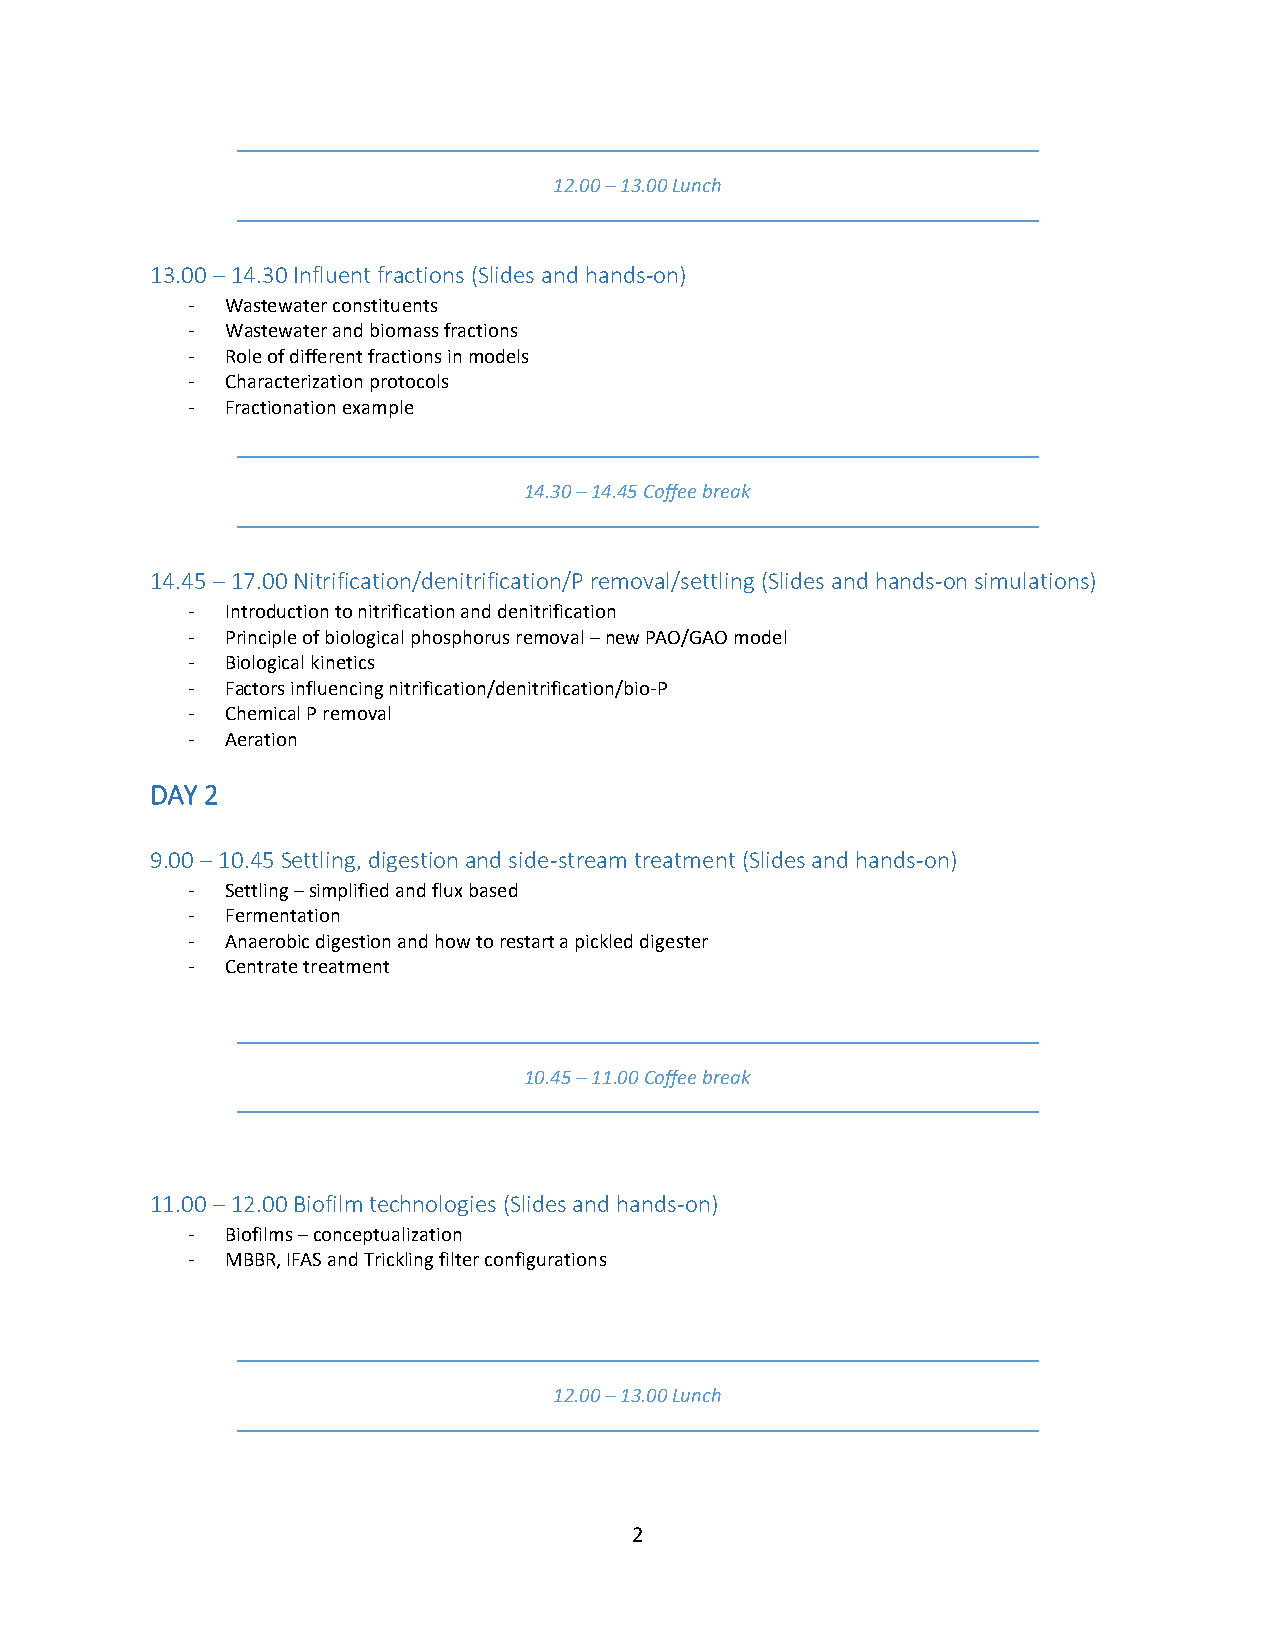
12.00 – 13.00 Lunch
 13.00 – 14.30 Influent fractions (Slides and hands-on)
 -  Wastewater constituents
 -  Wastewater and biomass fractions
 -  Role of different fractions in models
 -  Characterization protocols
 -  Fractionation example
 14.30 – 14.45 Coffee break
 14.45 – 17.00 Nitrification/denitrification/P removal/settling (Slides and hands-on simulations)
 -  Introduction to nitrification and denitrification
 -  Principle of biological phosphorus removal – new PAO/GAO model
 -  Biological kinetics
 -  Factors influencing nitrification/denitrification/bio-P
 -  Chemical P removal
 -  Aeration
 DAY 2
 9.00 – 10.45 Settling, digestion and side-stream treatment (Slides and hands-on)
 -  Settling – simplified and flux based
 -  Fermentation
 -  Anaerobic digestion and how to restart a pickled digester
 -  Centrate treatment
 10.45 – 11.00 Coffee break
 11.00 – 12.00 Biofilm technologies (Slides and hands-on)
 -  Biofilms – conceptualization
 -  MBBR, IFAS and Trickling filter configurations
 12.00 – 13.00 Lunch
 2